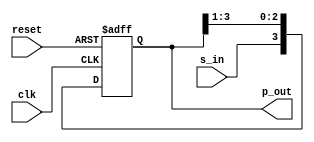
`timescale 1ns / 1ps
//////////////////////////////////////////////////////////////////////////////////
// Company: 
// Engineer: 
// 
// Design Name: 
// Module Name: SIPO_rt_ShiftRegister
// Project Name: 
// Target Devices: 
// Tool Versions: 
// Description: 
// 
// Dependencies: 
// 
// Revision:
// Revision 0.01 - File Created
// Additional Comments:
// 
//////////////////////////////////////////////////////////////////////////////////


module SIPO_rt_ShiftRegister(
input clk,
input reset,
input s_in,
output [3:0] p_out
);

reg [3:0] shift_reg;
assign p_out = shift_reg;

always@(posedge clk or posedge reset)
begin
if (reset)
begin
shift_reg = 4'b0000;
end
else
begin
shift_reg = {s_in ,shift_reg[3:1]}; 
end
end
endmodule